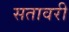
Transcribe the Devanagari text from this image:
सतावरी